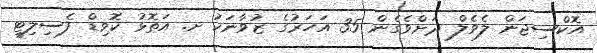
އޮކްސިޖަން ލެވެލް ދަށްވެގެން 35 އަހަރުގެ ޒުވާނަކު ށ. އަތޮޅު ކޮވިޑް ފެސިލިޓީ